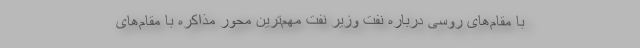
با مقام‌های روسی درباره نفت وزیر نفت مهم‌ترین محور مذاکره با مقام‌های